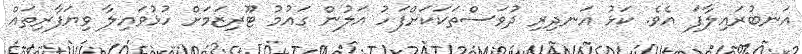
އަނބުރައިލާފަ އެވެ. ކަޅު އަނދިރި ދުވަސްތަކަކަށްފަހު އަލުން ގައުމު ޓޫރިޒަމަށް ހުޅުވައިލާ ވިޔަފާރިތައް